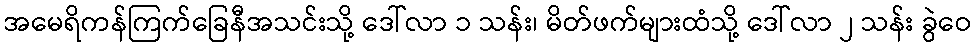
အမေရိကန်ကြက်ခြေနီအသင်းသို့ ဒေါ်လာ ၁ သန်း၊ မိတ်ဖက်များထံသို့ ဒေါ်လာ ၂ သန်း ခွဲဝေ